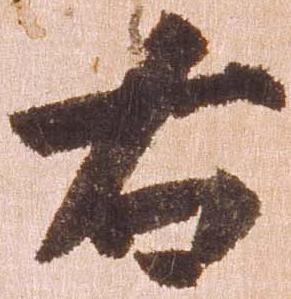
右